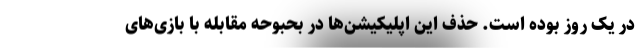
در یک روز بوده است. حذف این اپلیکیشن‌ها در بحبوحه مقابله با بازی‌های